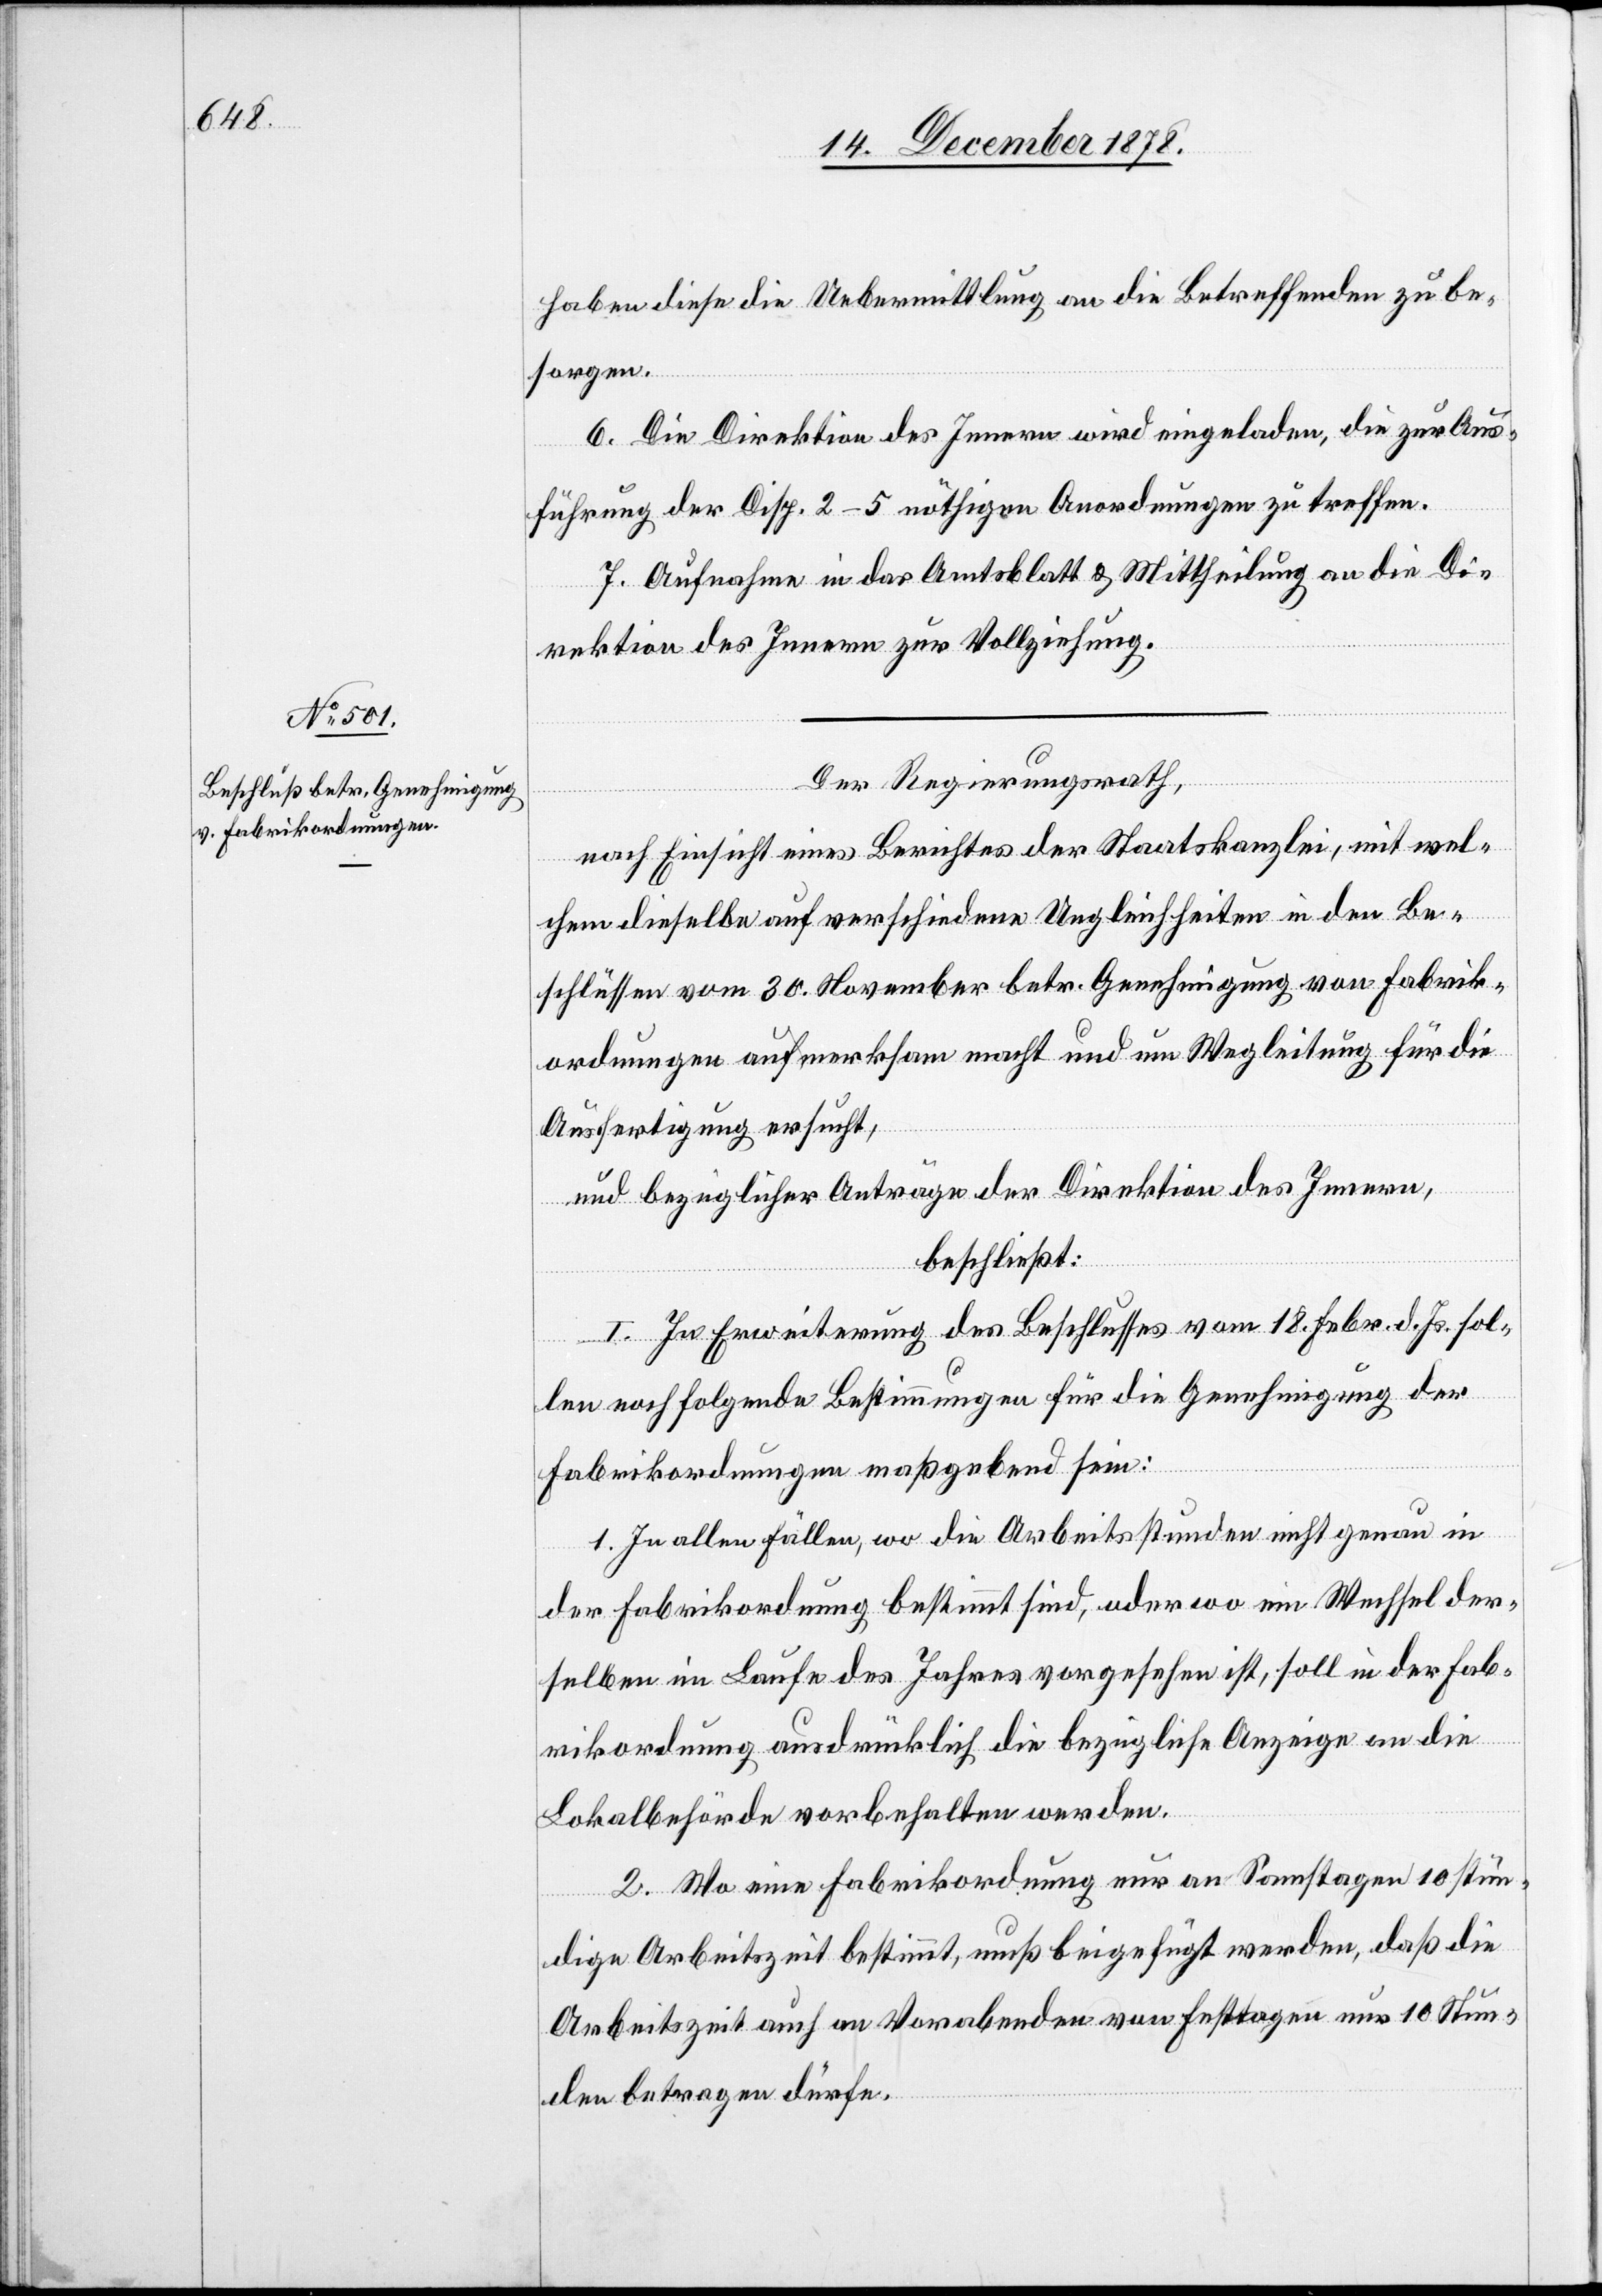
haben diese die Uebermittlung an die Betreffenden zu be¬
sorgen.
6. Die Direktion des Innern wird eingeladen, die zur Aus¬
führung der Disp. 2–5 nöthigen Anordnungen zu treffen.
7. Aufnahme in das Amtsblatt & Mittheilung an die Di¬
rektion des Innern zur Vollziehung.
Der Regierungsrath,
nach Einsicht eines Berichtes der Staatskanzlei, mit wel¬
chem dieselbe auf verschiedene Ungleichheiten in den Be¬
schlüssen vom 30. November betr. Genehmigung von Fabrik¬
ordnungen aufmerksam macht und um Wegleitung für die
Ausfertigung ersucht,
und bezüglichen Anträgen der Direktion des Innern,
beschließt:
I. In Erweiterung des Beschlusses vom 18. Febr. d. Js. sol¬
len noch folgende Bestimmungen für die Genehmigung der
Fabrikordnungen maßgebend sein:
1. In allen Fällen, wo die Arbeitsstunden nicht genau in
der Fabrikordnung bestimmt sind, oder wo ein Wechsel der¬
selben im Laufe des Jahres vorgesehen ist, soll in der Fab¬
rikordnung ausdrücklich die bezügliche Anzeige an die
Lokalbehörde vorbehalten werden.
2. Wo eine Fabrikordnung nur an Samstagen 10 stün¬
dige Arbeitszeit bestimmt, muß beigefügt werden, daß die
Arbeitszeit auch an Vorabenden von Festtagen nur 10 Stun¬
den betragen dürfe.